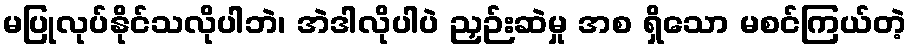
မပြုလုပ်နိုင်သလိုပါဘဲ၊ အဲဒါလိုပါပဲ ညှဉ်းဆဲမှု အစ ရှိသော မစင်ကြယ်တဲ့